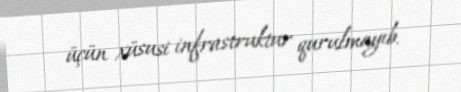
üçün xüsusi infrastruktur qurulmayıb.